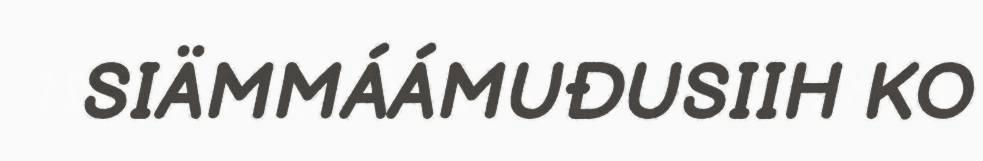
SIÄMMÁÁMUĐUSIIH KO